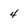
Character: 4